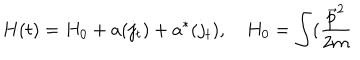
LaTeX: H ( t ) = H _ { 0 } + a ( j _ { t } ) + a ^ { * } ( j _ { t } ) , \quad H _ { 0 } = \int ( \frac { \vec { p } ^ { 2 } } { 2 m }